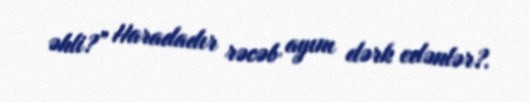
əhli?” Haradadır rəcəb ayını dərk edənlər?.